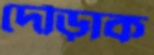
দৌড়াক